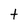
Character: t